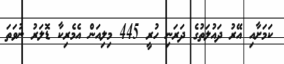
ކަމަށާއި އޭރު ދައުލަތުގެ ދަރަނި ހުރީ 445 މިލިއަން އެމެރިކާ ޑޮލަރު ނުވަތަ